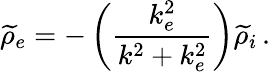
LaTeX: \widetilde{\rho}_{e}=-\left(\frac{k_{e}^{2}}{k^{2}+k_{e}^{2}}\right)\widetilde{\rho}_{i}\, .